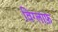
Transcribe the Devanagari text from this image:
विग्लाफ़